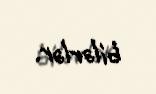
bilərlər.